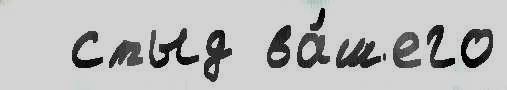
  стыд ва́шего